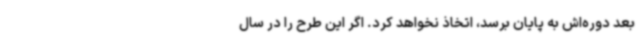
بعد دوره‌اش به پایان برسد، اتخاذ نخواهد کرد. اگر این طرح را در سال